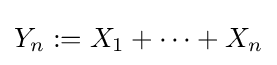
Y_{n}:=X_{1}+\cdots +X_{n}